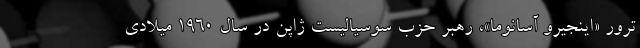
ترور «اینجیرو آسانوما»، رهبر حزب سوسیالیست ژاپن در سال ۱۹۶۰ میلادی